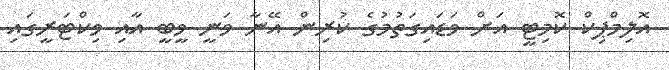
އޮލިމްޕިކް ކޮމިޓީ އަށް ވަޑައިގަތުމުގެ ކުރިން އޭނާ ވަނީ ވީބީ އާއި ވިކްޓަރީގައި